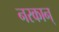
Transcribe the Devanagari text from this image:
नरकान्